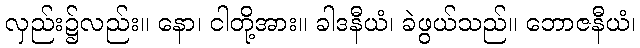
လှည်း၌လည်း။ နော၊ ငါတို့အား။ ခါဒနီယံ၊ ခဲဖွယ်သည်။ ဘောဇနီယံ၊